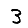
Digit: 3